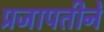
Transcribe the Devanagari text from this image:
प्रजापतीनें